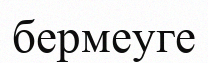
бермеуге